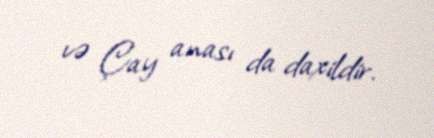
və Çay anası da daxildir.